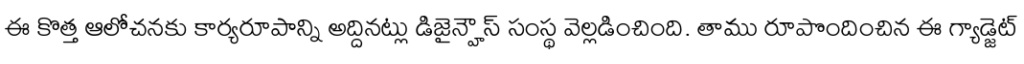
ఈ కొత్త ఆలోచనకు కార్యరూపాన్ని అద్దినట్లు డిజైన్హౌస్ సంస్థ వెల్లడించింది. తాము రూపొందించిన ఈ గ్యాడ్జెట్